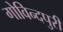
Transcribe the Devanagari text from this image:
गोविन्दपुरी